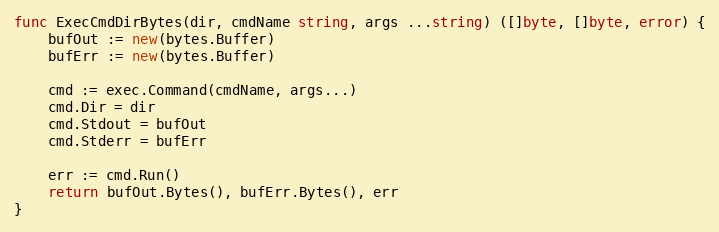
Language: Go
func ExecCmdDirBytes(dir, cmdName string, args ...string) ([]byte, []byte, error) {
	bufOut := new(bytes.Buffer)
	bufErr := new(bytes.Buffer)

	cmd := exec.Command(cmdName, args...)
	cmd.Dir = dir
	cmd.Stdout = bufOut
	cmd.Stderr = bufErr

	err := cmd.Run()
	return bufOut.Bytes(), bufErr.Bytes(), err
}